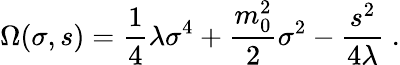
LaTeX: \Omega(\sigma,s)={\frac{1}{4}}\lambda\sigma^{4}+{\frac{m_{0}^{2}}{2}}\sigma^{2}-{\frac{s^{2}}{4\lambda}}\; .